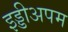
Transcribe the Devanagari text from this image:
इड्डीअपम